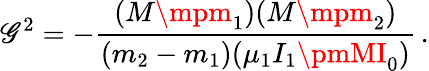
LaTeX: \mathscr{G}^{2}=-\frac{{(M\mpm_{1})(M\mpm_{2})}}{{(m_{2}-m_{1})(\mu_{1}I_{1}\pmMI_{0})}}\, .